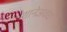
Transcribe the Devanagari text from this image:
शानेअवध